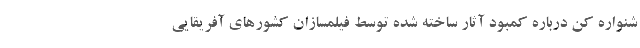
شنواره کن درباره کمبود آثار ساخته شده توسط فیلمسازان کشورهای آفریقایی